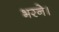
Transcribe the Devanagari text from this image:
भरने।